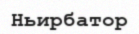
Ньирбатор